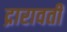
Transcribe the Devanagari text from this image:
द्रारावती